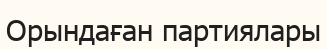
Орындаған партиялары